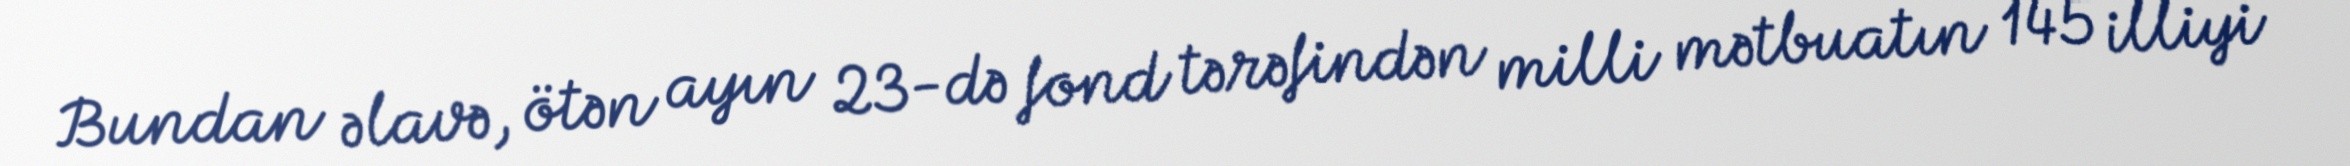
Bundan əlavə, ötən ayın 23-də fond tərəfindən milli mətbuatın 145 illiyi